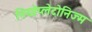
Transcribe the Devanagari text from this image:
नियोप्लेटोनिज्म